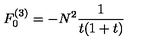
F _ { 0 } ^ { ( 3 ) } = - { N ^ { 2 } } { \frac { 1 } { t ( 1 + t ) } }